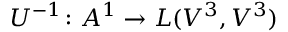
U ^ { - 1 } \colon A ^ { 1 } \to L ( V ^ { 3 } , V ^ { 3 } )